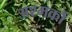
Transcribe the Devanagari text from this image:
अश्मकों